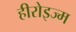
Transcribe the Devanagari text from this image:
हीरोइज्म